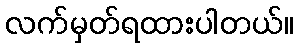
လက်မှတ်ရထားပါတယ်။